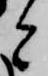
と